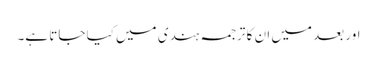
اور بعد میں ان کا ترجمہ ہندی میں کیا جاتا ہے۔